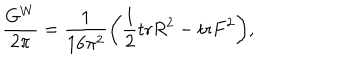
{ \frac { G ^ { W } } { 2 \pi } } = { \frac { 1 } { 1 6 \pi ^ { 2 } } } \bigg ( { \frac { 1 } { 2 } } \mathrm { t r } R ^ { 2 } - \mathrm { t r } F ^ { 2 } \bigg ) ,